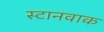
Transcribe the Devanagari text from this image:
स्टानवाक